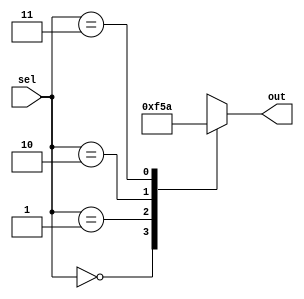
module parallel_case_example(
    input wire [1:0] sel,
    output reg [3:0] out
);

always @*
begin
    case(sel)
        2'b00: out = 4'b0000;
        2'b01: out = 4'b1111;
        2'b10: out = 4'b0101;
        2'b11: out = 4'b1010;
        default: out = 4'bxxxx; //default case
    endcase
end

endmodule